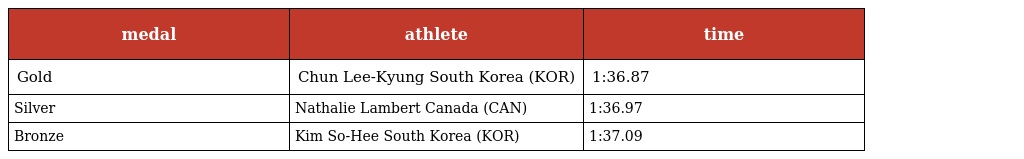
| medal | athlete | time |
 | --- | --- | --- |
 | Gold | Chun Lee-Kyung South Korea (KOR) | 1:36.87 |
 | Silver | Nathalie Lambert Canada (CAN) | 1:36.97 |
 | Bronze | Kim So-Hee South Korea (KOR) | 1:37.09 |